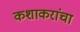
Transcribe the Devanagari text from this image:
कशाकरांचा